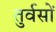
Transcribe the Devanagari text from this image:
तुर्वसों